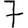
Digit: 7